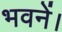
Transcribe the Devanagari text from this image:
भवनें।